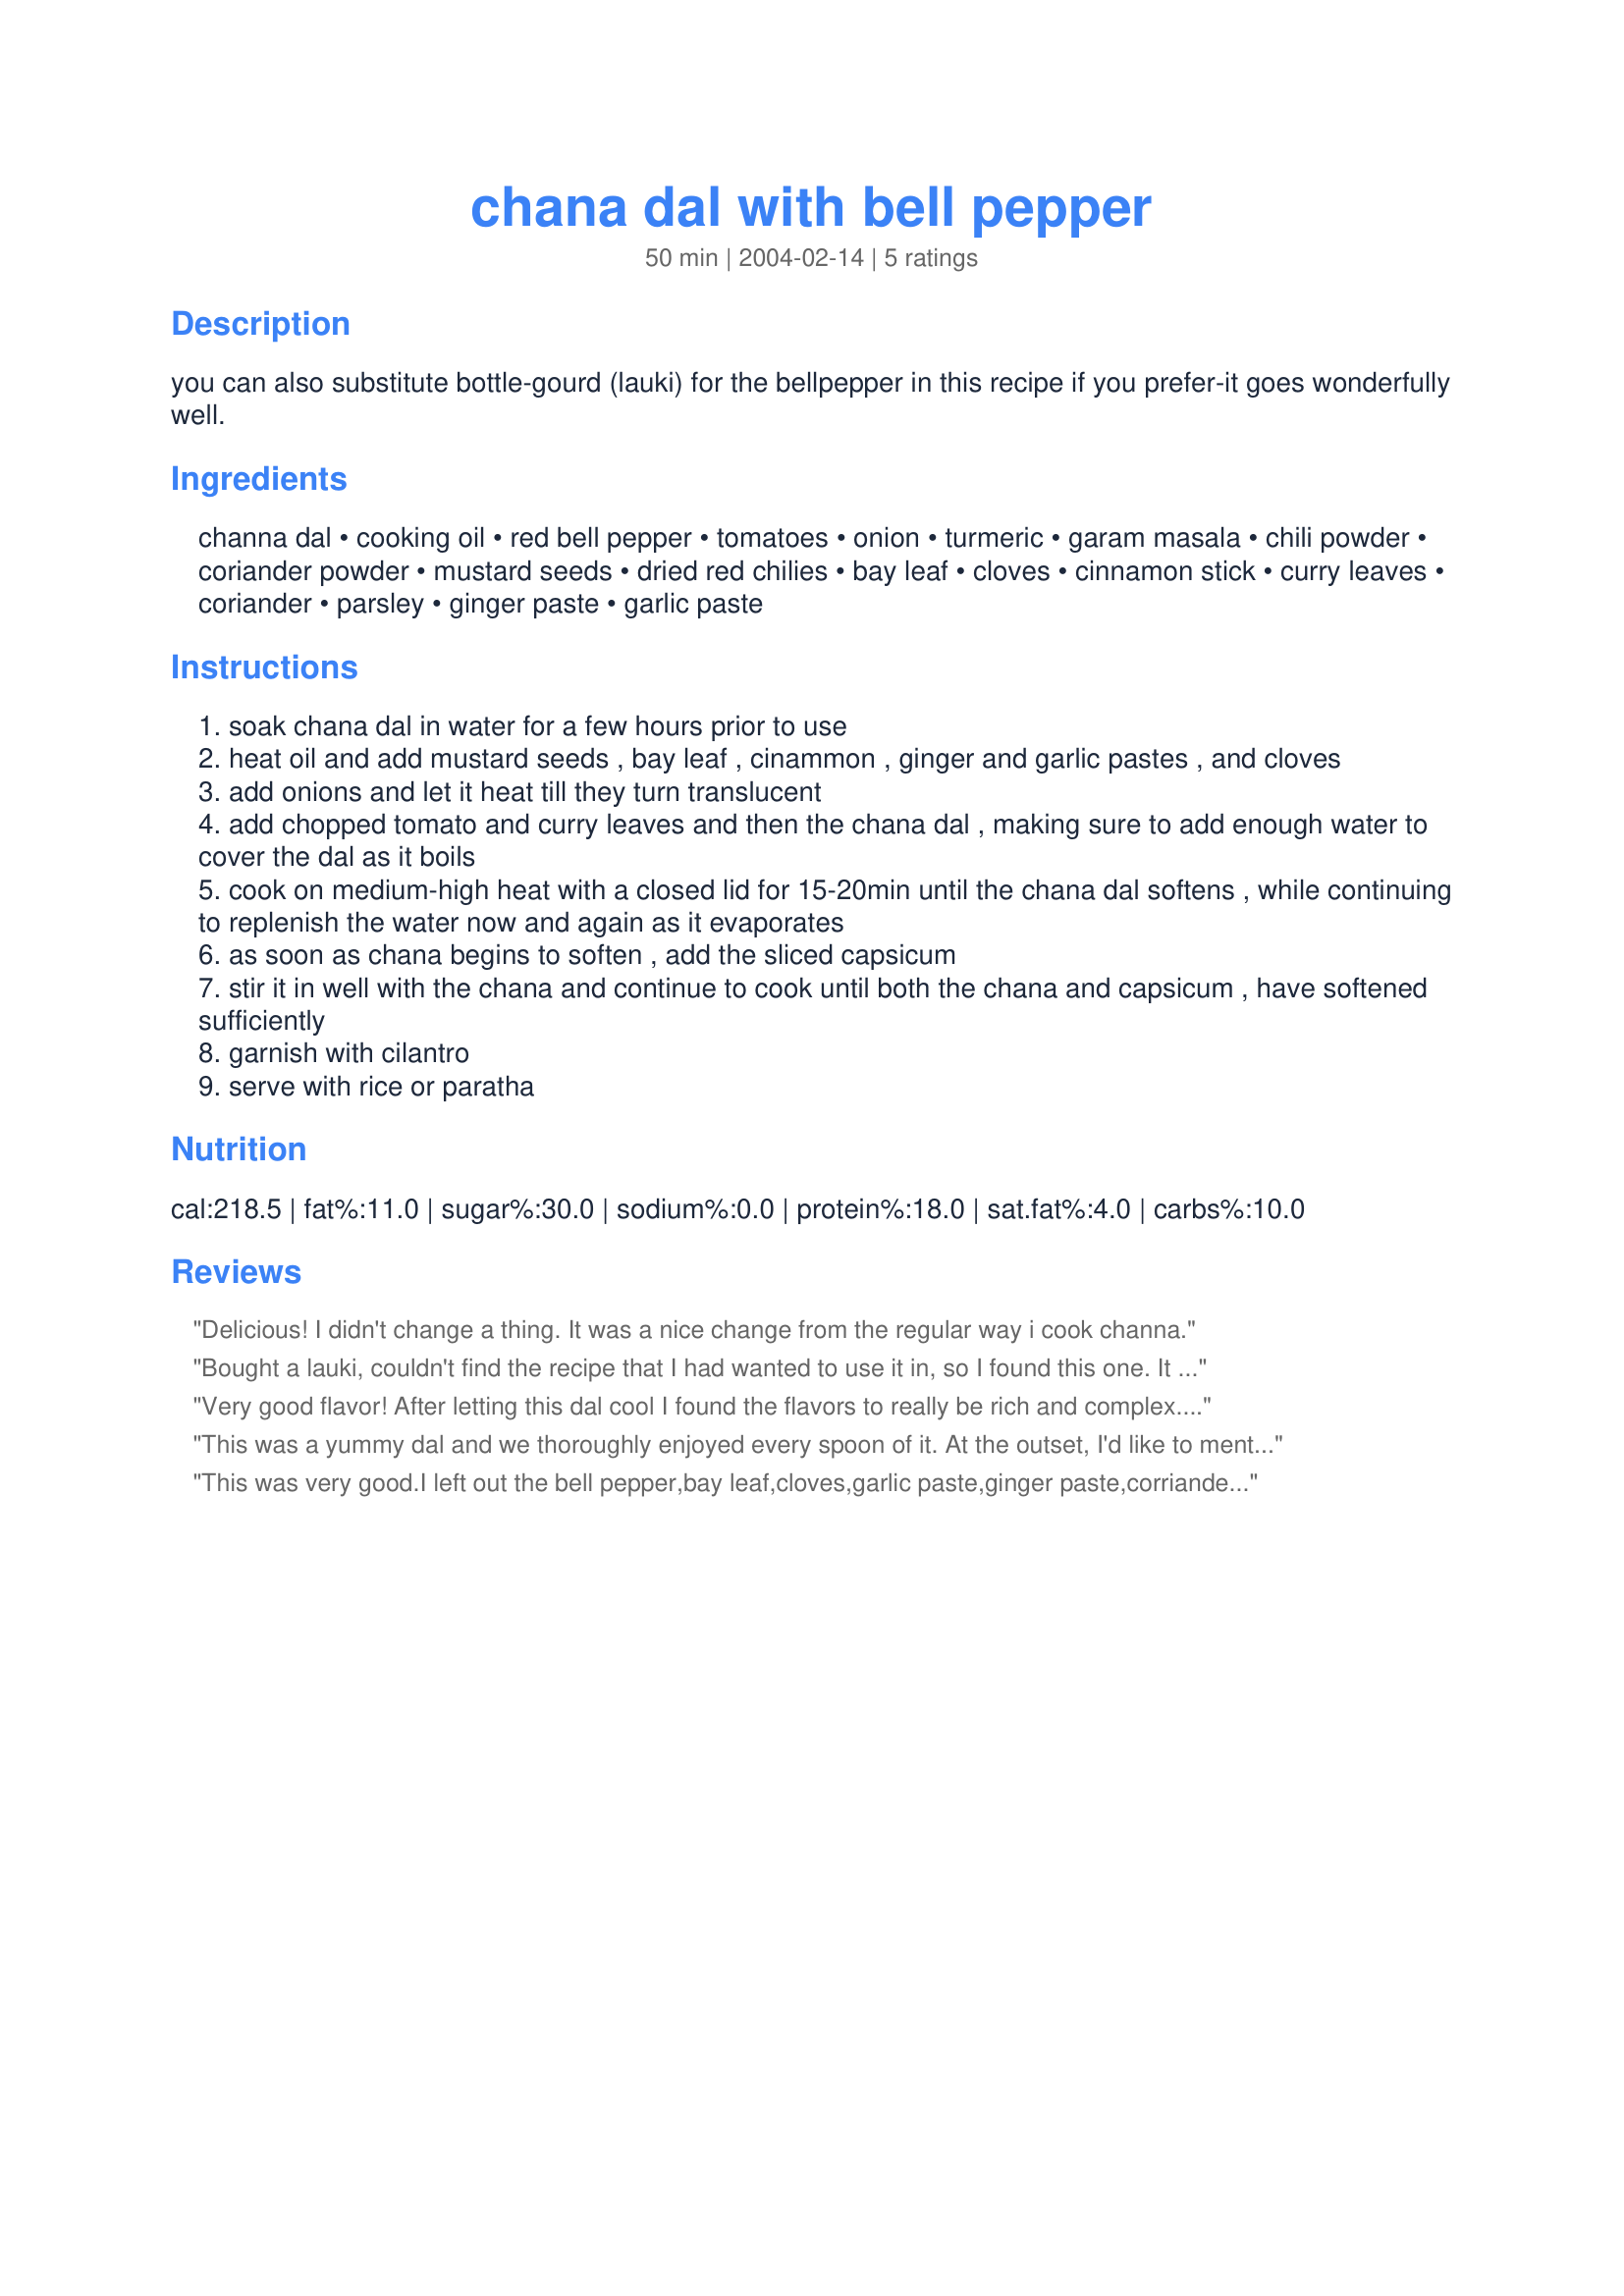
chana dal with bell pepper
Preparation time: 50 minutes

you can also substitute bottle-gourd (lauki) for the bellpepper in this recipe if you prefer-it goes wonderfully well.

Ingredients:
channa dal, cooking oil, red bell pepper, tomatoes, onion, turmeric, garam masala, chili powder, coriander powder, mustard seeds, dried red chilies, bay leaf, cloves, cinnamon stick, curry leaves, coriander, parsley, ginger paste, garlic paste

Steps:
soak chana dal in water for a few hours prior to use
heat oil and add mustard seeds , bay leaf , cinammon , ginger and garlic pastes , and cloves
add onions and let it heat till they turn translucent
add chopped tomato and curry leaves and then the chana dal , making sure to add enough water to cover the dal as it boils
cook on medium-high heat with a closed lid for 15-20min until the chana dal softens , while continuing to replenish the water now and again as it evaporates
as soon as chana begins to soften , add the sliced capsicum
stir it in well with the chana and continue to cook until both the chana and capsicum , have softened sufficiently
garnish with cilantro
serve with rice or paratha

Reviews:
Delicious! I didn't change a thing. It was a nice change from the regular way i cook channa.
Bought a lauki, couldn't find the recipe that I had wanted to use it in, so I found this one. It was really good. I soaked the dal in water for 2 hours, then just to clarify the directions on "time"-- it took 30 minutes for the dal to soften then another 10 for the cubes of lauki to soften. I added 2 teaspoons sweet curry (and a little hot curry) powder because I didn't have curry leaves. And I added about 50% more of the spices. But it's a great base recipe to build on, adding ingredients according to preference and omitting what isn't on hand.
Very good flavor! After letting this dal cool I found the flavors to really be rich and complex. I was initially worried, after trying the dish during cooking, that there were too many spices in the recipe. But the end product was very good. However, I don't know how the author could make such a big mistake by omitting one of the steps in the recipe in which the remaining ingredients need to be tempered and added to the dal. A huge mistake. If I didn't have an Indian friend help me when making this I would have had no idea what to do. That's why I only rated 4 stars. Also, I used Lauki gourd instead of bell pepper. I also found that the cooking time required was longer than listed. Of course, Chana Dal is not as soft as most other dals after cooking.
This was a yummy dal and we thoroughly enjoyed every spoon of it. At the outset, I'd like to mention that we always use lauki/doodhi to make this and this dal is a regular in our house on every Thursday. Here are a few points about this dal that I'd like to mention: I used 2 1/2 cups of channa dal to make this. In step 3, I used 2 small chopped onions instead of 1/2 onion. I substituted the red bell pepper with a green one. In step 4, instead of 1 large tomato, I used 2 small ones. I used 2 1/2 cups of water in step 4. An additional ingredient I used in this recipe was 1/2 tsp. of cumin seeds{jeera}. I did not use cloves, curry leaves, parsley and the cinnamon stick. Instead of ginger and garlic pastes, I used 1/2 inch of chopped fresh ginger and 3 cloves of chopped garlic. I used 1 heaped tsp. of salt for this dal. Now, I notice there is a step or two missing in this recipe which was there when I first wrote it down. After step 5, here is what I did. In a separate pan, I heated 2 tbsps. of oil. Once it was hot, I tossed in 3 whole red chillies and 1/4 tsp. mustard seeds. Once the mustard seeds stopped spluttering, I added one small onion to the pan and stir-fried it till the onion browned. Only after that, I added the chopped bell pepper to the pan, stirred it well about the pan and allowed it to saute for a few minutes until softened. After this, I did step 6. We "loved" the flavour of this dal and did not add any lemon juice to it while serving or while cooking it. This dal went very well with hot rotis right off the stove-top. Some of our friends' even had it with white long-grain Basmati rice. Everyone had a good time eating this. Thanks alot for a very nice recipe which will now on be a regular, every alternate Thursday in my house.
This was very good.I left out the bell pepper,bay leaf,cloves,garlic paste,ginger paste,corriander leaf,parsley and cinnamon stick,The meal still came out delicious and added jaggery.Fantastic
